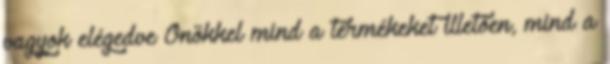
vagyok elégedve Önökkel mind a termékeket illetően, mind a